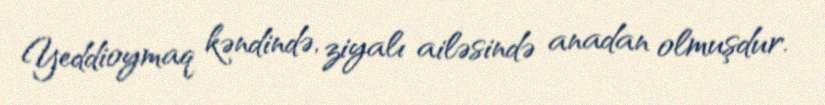
Yeddioymaq kəndində, ziyalı ailəsində anadan olmuşdur.